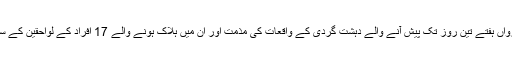
ریلی کا مقصد فرانس میں رواں ہفتے تین روز تک پیش آنے والے دہشت گردی کے واقعات کی مذمت اور ان میں ہلاک ہونے والے 17 افراد کے لواحقین کے ساتھ اظہارِ یکجہتی کرنا تھا۔